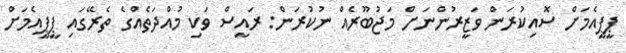
ޕީޕީއެމަށް ސޮއިކުރަން ވަޒީރުންނަށް މަޖުބޫރެއް ނުކުރަން: ރައީސް ވަކި މުއްދަތެއްގެ ތެރޭގައި ޕީޕީއެމަށް